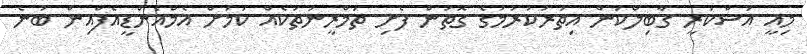
މިއީ އަސްކަރީ ގާބިލްކަން އިތުރުކުރުމުގެ ގޮތުން ފެށި ތަމްރީނުތަކެއް ކަމަށް އެމްއެންޑީއެފްއިން ބުނެ